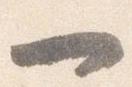
一